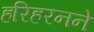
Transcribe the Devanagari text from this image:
हरिहरनने